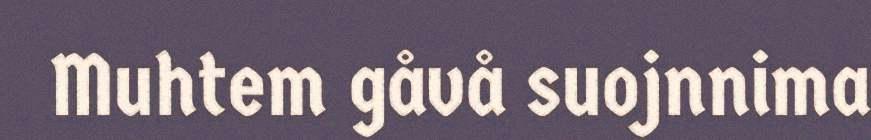
Muhtem gåvå suojnnima